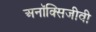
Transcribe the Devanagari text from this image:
अनॉक्सिजीवी